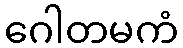
ဂေါတမကံ